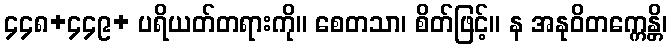
၄၄၈+၄၄၉+ ပရိယတ်တရားကို။ စေတသာ၊ စိတ်ဖြင့်။ န အနုဝိတက္ကေန္တိ၊